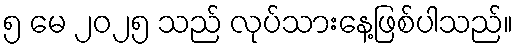
၅ မေ ၂၀၂၅ သည် လုပ်သားနေ့ဖြစ်ပါသည်။